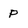
Character: P